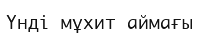
Үнді мұхит аймағы